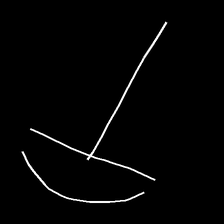
Glyph: dispersion